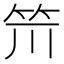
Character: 𥬂